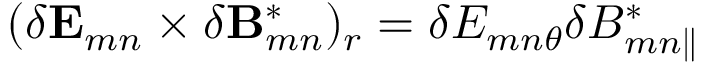
( \delta \mathbf { E } _ { m n } \times \delta \mathbf { B } _ { m n } ^ { * } ) _ { r } = \delta E _ { m n \theta } \delta B _ { m n \parallel } ^ { * }